Report of the King Institute of Preventive Medicine, Guindy
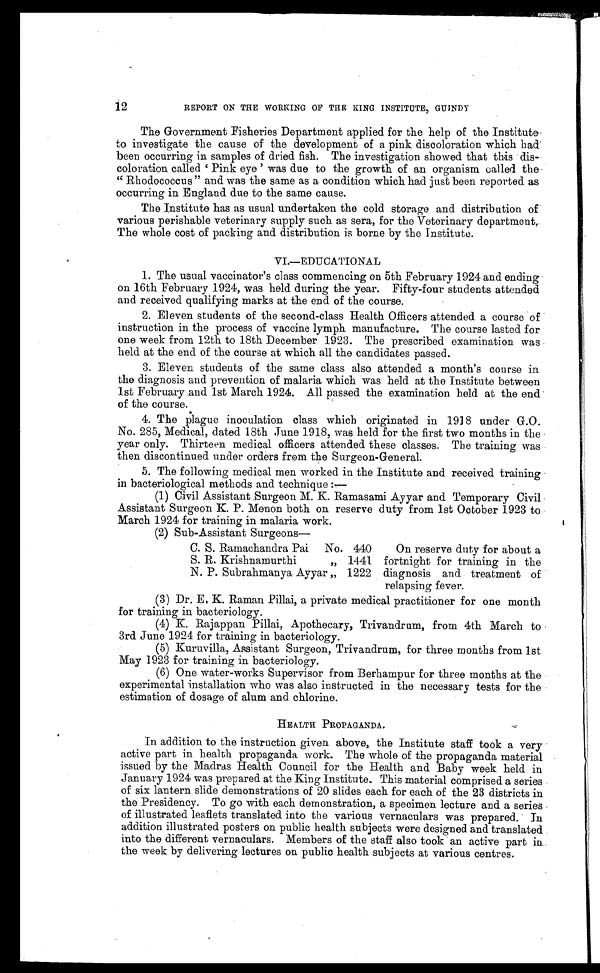
12
REPORT ON THE WORKING OF THE KING INSTITUTE, GUINDI
The Government Fisheries Department applied for the help of the Institute
to investigate the cause of the development of a pink discoloration which had
been occurring in samples of dried fish. The investigation showed that this dis-
coloration called 'Pink eye' was due to the growth of an organism called the
"Rhodococcus" and was the same as a condition which had just been reported as
occurring in England due to the same cause.
The Institute has as usual undertaken the cold storage and distribution of
various perishable veterinary supply such as sera, for the Veterinary department.
The whole cost of packing and distribution is borne by the Institute.
VI.—EDUCATIONAL
1. The usual vaccinator's class commencing on 5th February 1924 and ending
on 16th February 1924, was held during the year. Fifty-four students attended
and received qualifying marks at the end of the course.
2. Eleven students of the second-class Health Officers attended a course of
instruction in the process of vaccine lymph manufacture. The course lasted for
one week from 12th to 18th December 1923. The prescribed examination was
held at the end of the course at which all the candidates passed.
3. Eleven students of the same class also attended a month's course in
the diagnosis and prevention of malaria which was held at the Institute between
1st February and 1st March 1924. All passed the examination held at the end
of the course.
4. The plague inoculation class which originated in 1918 under G.O.
No. 285, Medical, dated 18th June 1918, was held for the first two months in the
year only. Thirteen medical officers attended these classes. The training was
then discontinued under orders from the Surgeon-General.
5. The following medical men worked in the Institute and received training
in bacteriological methods and technique:—
(1) Civil Assistant Surgeon M. K. Ramasami Ayyar and Temporary Civil
Assistant Surgeon K.P. Menon both on reserve duty from 1st October 1923 to
March 1924 for training in malaria work.
(2) Sub-Assistant Surgeons—
C. S. Ramachandra Pai
No.
440
S. R. Krishnamurthi
"
1441
N. P. Subrahmanya Ayyar "
1222
On reserve duty for about a
fortnight for training in the
diagnosis and treatment of
relapsing fever.
(3) Dr. E. K. Raman Pillai, a private medical practitioner for one month
for training in bacteriology.
(4) K. Rajappan Pillai, Apothecary, Trivandrum, from 4th March to
3rd June 1924 for training in bacteriology.
(5) Kuruvilla, Assistant Surgeon, Trivandrum, for three months from 1st
May 1923 for training in bacteriology.
(6) One water-works Supervisor from Berhampur for three months at the
experimental installation who was also instructed in the necessary tests for the
estimation of dosage of alum and chlorine.
HEALTH PROPAGANDA.
In addition to the instruction given above, the Institute staff took a very
active part in health propaganda work. The whole of the propaganda material
issued by the Madras Health Council for the Health and Baby week held in
January 1924 was prepared at the King Institute. This material comprised a series
of six lantern slide demonstrations of 20 slides each for each of the 23 districts in
the Presidency. To go with each demonstration, a specimen lecture and a series
of illustrated leaflets translated into the various vernaculars was prepared. In
addition illustrated posters on public health subjects were designed and translated
into the different vernaculars. Members of the staff also took an active part in
the week by delivering lectures on public health subjects at various centres.